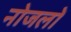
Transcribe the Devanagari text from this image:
नोजलों